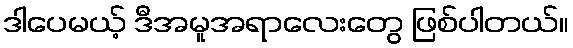
ဒါပေမယ့် ဒီအမူအရာလေးတွေ ဖြစ်ပါတယ်။